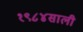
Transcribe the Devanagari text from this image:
१९८४साली